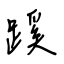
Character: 蹊